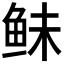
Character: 𱇛